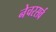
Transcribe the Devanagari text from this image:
नेचरसर्व